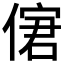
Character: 𠌣